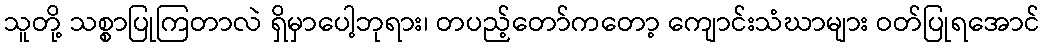
သူတို့ သစ္စာပြုကြတာလဲ ရှိမှာပေါ့ဘုရား၊ တပည့်တော်ကတော့ ကျောင်းသံဃာများ ဝတ်ပြုရအောင်